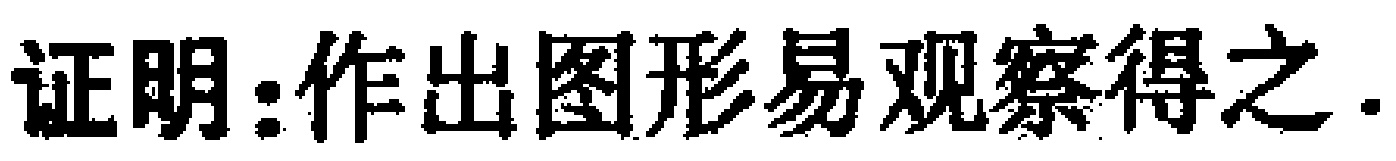
证明：作出图形易观察得之.